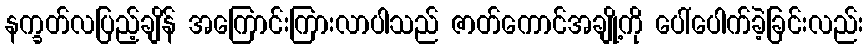
နက္ခတ်လပြည့်ချိန် အကြောင်းကြားလာပါသည် ဇာတ်ကောင်အချို့ကို ပေါ်ပေါက်ခဲ့ခြင်းလည်း